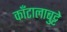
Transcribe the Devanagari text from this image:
काँटालाबुट्टे